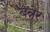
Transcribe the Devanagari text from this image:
बन्नेर